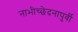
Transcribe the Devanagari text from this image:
नाभीच्छेदनापुर्वी